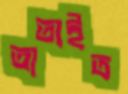
তাতাইত